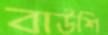
বাউশি